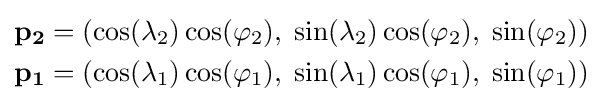
{\begin{aligned}{\bf {p_{2}}}&=(\cos(\lambda _{2})\cos(\varphi _{2}),\;\sin(\lambda _{2})\cos(\varphi _{2}),\;\sin(\varphi _{2}))\\{\bf {p_{1}}}&=(\cos(\lambda _{1})\cos(\varphi _{1}),\;\sin(\lambda _{1})\cos(\varphi _{1}),\;\sin(\varphi _{1}))\end{aligned}}